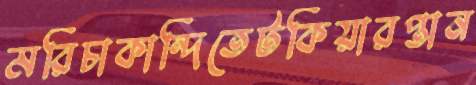
মরিচাকান্দিতেটকিয়ারপ্তান